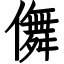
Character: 儛